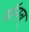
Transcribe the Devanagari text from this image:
डॉगन